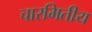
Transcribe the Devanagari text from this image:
चारमितीय